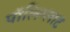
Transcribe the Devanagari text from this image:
पॉलिग्लाट